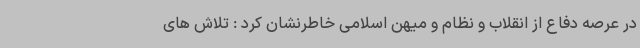
در عرصه دفاع از انقلاب و نظام و میهن اسلامی خاطرنشان کرد : تلاش های